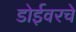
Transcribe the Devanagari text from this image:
डोईवरचे